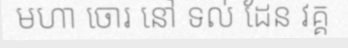
មហា ចោរ នៅ ទល់ ដែន វគ្គ